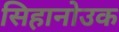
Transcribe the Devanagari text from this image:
सिहानोउक